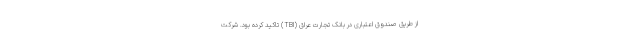
از طریق صندوق اعتباری در بانک تجارت عراق (TBI) تاکید کرده بود. شرکت